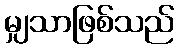
မျှသာဖြစ်သည်